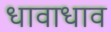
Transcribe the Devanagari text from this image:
धावाधाव